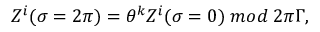
Z ^ { i } ( \sigma = 2 \pi ) = { { \theta } ^ { k } } Z ^ { i } ( \sigma = 0 ) \; m o d \; 2 \pi \Gamma ,